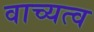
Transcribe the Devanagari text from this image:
वाच्यत्व